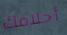
أحلامك